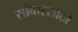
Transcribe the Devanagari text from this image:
सांबारसाठी